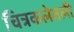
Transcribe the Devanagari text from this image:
चित्रकलेतली